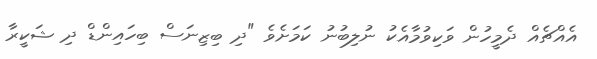
އެއްޗެއް ދެމީހުން ވަކިވުމާއެކު ނުލިބުނު ކަމަށެވެ "ދި ބިޒިނަސް ބިހައިންޑް ދި ޝަކީރާ